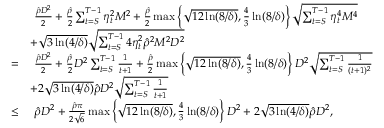
\begin{array} { r l } & { ~ \frac { \hat { \rho } D ^ { 2 } } { 2 } + \frac { \hat { \rho } } { 2 } \sum _ { t = S } ^ { T - 1 } \eta _ { t } ^ { 2 } M ^ { 2 } + \frac { \hat { \rho } } { 2 } \operatorname* { m a x } \left\{ \sqrt { 1 2 \ln ( 8 / \delta ) } , \frac { 4 } { 3 } \ln ( 8 / \delta ) \right\} \sqrt { \sum _ { t = S } ^ { T - 1 } \eta _ { t } ^ { 4 } M ^ { 4 } } } \\ & { + \sqrt { 3 \ln ( 4 / \delta ) } \sqrt { \sum _ { t = S } ^ { T - 1 } 4 \eta _ { t } ^ { 2 } \hat { \rho } ^ { 2 } M ^ { 2 } D ^ { 2 } } } \\ { = } & { ~ \frac { \hat { \rho } D ^ { 2 } } { 2 } + \frac { \hat { \rho } } { 2 } D ^ { 2 } \sum _ { t = S } ^ { T - 1 } \frac { 1 } { t + 1 } + \frac { \hat { \rho } } { 2 } \operatorname* { m a x } \left\{ \sqrt { 1 2 \ln ( 8 / \delta ) } , \frac { 4 } { 3 } \ln ( 8 / \delta ) \right\} D ^ { 2 } \sqrt { \sum _ { t = S } ^ { T - 1 } \frac { 1 } { ( t + 1 ) ^ { 2 } } } } \\ & { + 2 \sqrt { 3 \ln ( 4 / \delta ) } \hat { \rho } D ^ { 2 } \sqrt { \sum _ { t = S } ^ { T - 1 } \frac { 1 } { t + 1 } } } \\ { \leq } & { ~ \hat { \rho } D ^ { 2 } + \frac { \hat { \rho } \pi } { 2 \sqrt { 6 } } \operatorname* { m a x } \left\{ \sqrt { 1 2 \ln ( 8 / \delta ) } , \frac { 4 } { 3 } \ln ( 8 / \delta ) \right\} D ^ { 2 } + 2 \sqrt { 3 \ln ( 4 / \delta ) } \hat { \rho } D ^ { 2 } , } \end{array}